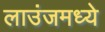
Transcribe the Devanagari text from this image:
लाउंजमध्ये